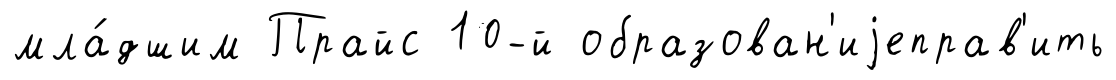
мла́дшим Прайс 10-й образован'иjеправ'ить